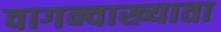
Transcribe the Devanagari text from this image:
वागन्वाख्याता